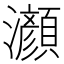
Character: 𤄰